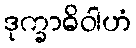
ဒုက္ခာဓိဝါဟံ